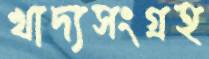
খাদ্যসংগ্রহ